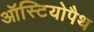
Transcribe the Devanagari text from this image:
ऑस्टियोपैथ